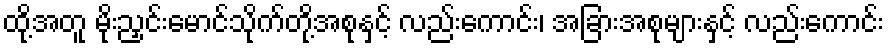
ထို့အတူ မိုးညှင်းမောင်သိုက်တို့အစုနှင့် လည်းကောင်း၊ အခြားအစုများနှင့် လည်းကောင်း